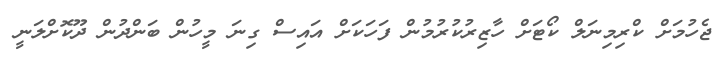
ޖެހުމަށް ކްރިމިނަލް ކޯޓަށް ހާޒިރުކުރުމުން ފަހަކަށް އައިސް ގިނަ މީހުން ބަންދުން ދޫކޮށްލަނީ